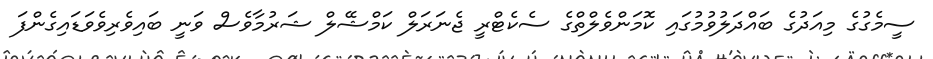
ސީމެގުގެ މިއަދުގެ ބައްދަލުވުމުގައި ކޮމަންވެލްތްގެ ސެކެޓްރީ ޖެނަރަލް ކަމްޝޭލް ޝަރުމާވެސް ވަނީ ބައިވެރިވެވަޑައިގެންފަ